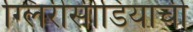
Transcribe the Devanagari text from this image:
ग्लिरीसीडियाची